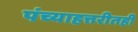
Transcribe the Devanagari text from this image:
पंच्याहत्तरीतही